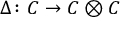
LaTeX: \Delta \colon C \to C \otimes C